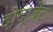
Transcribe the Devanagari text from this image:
दोदाबेटा